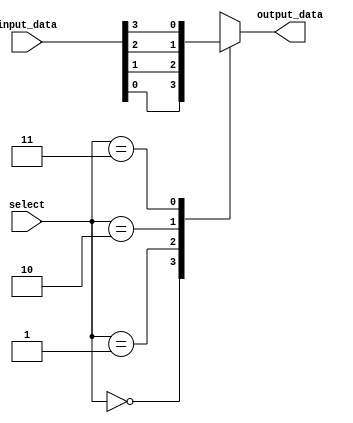
module io_block_mux_demux (
    input [3:0] input_data,
    input [1:0] select,
    output reg output_data
);

always @ (*)
begin
    case (select)
        2'b00: output_data <= input_data[0];
        2'b01: output_data <= input_data[1];
        2'b10: output_data <= input_data[2];
        2'b11: output_data <= input_data[3];
    endcase
end

endmodule